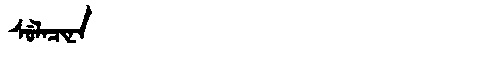
Manchu: ᠰᡠᠯᠠᠴᡳᠨᠠ
Romanization: SULACINA